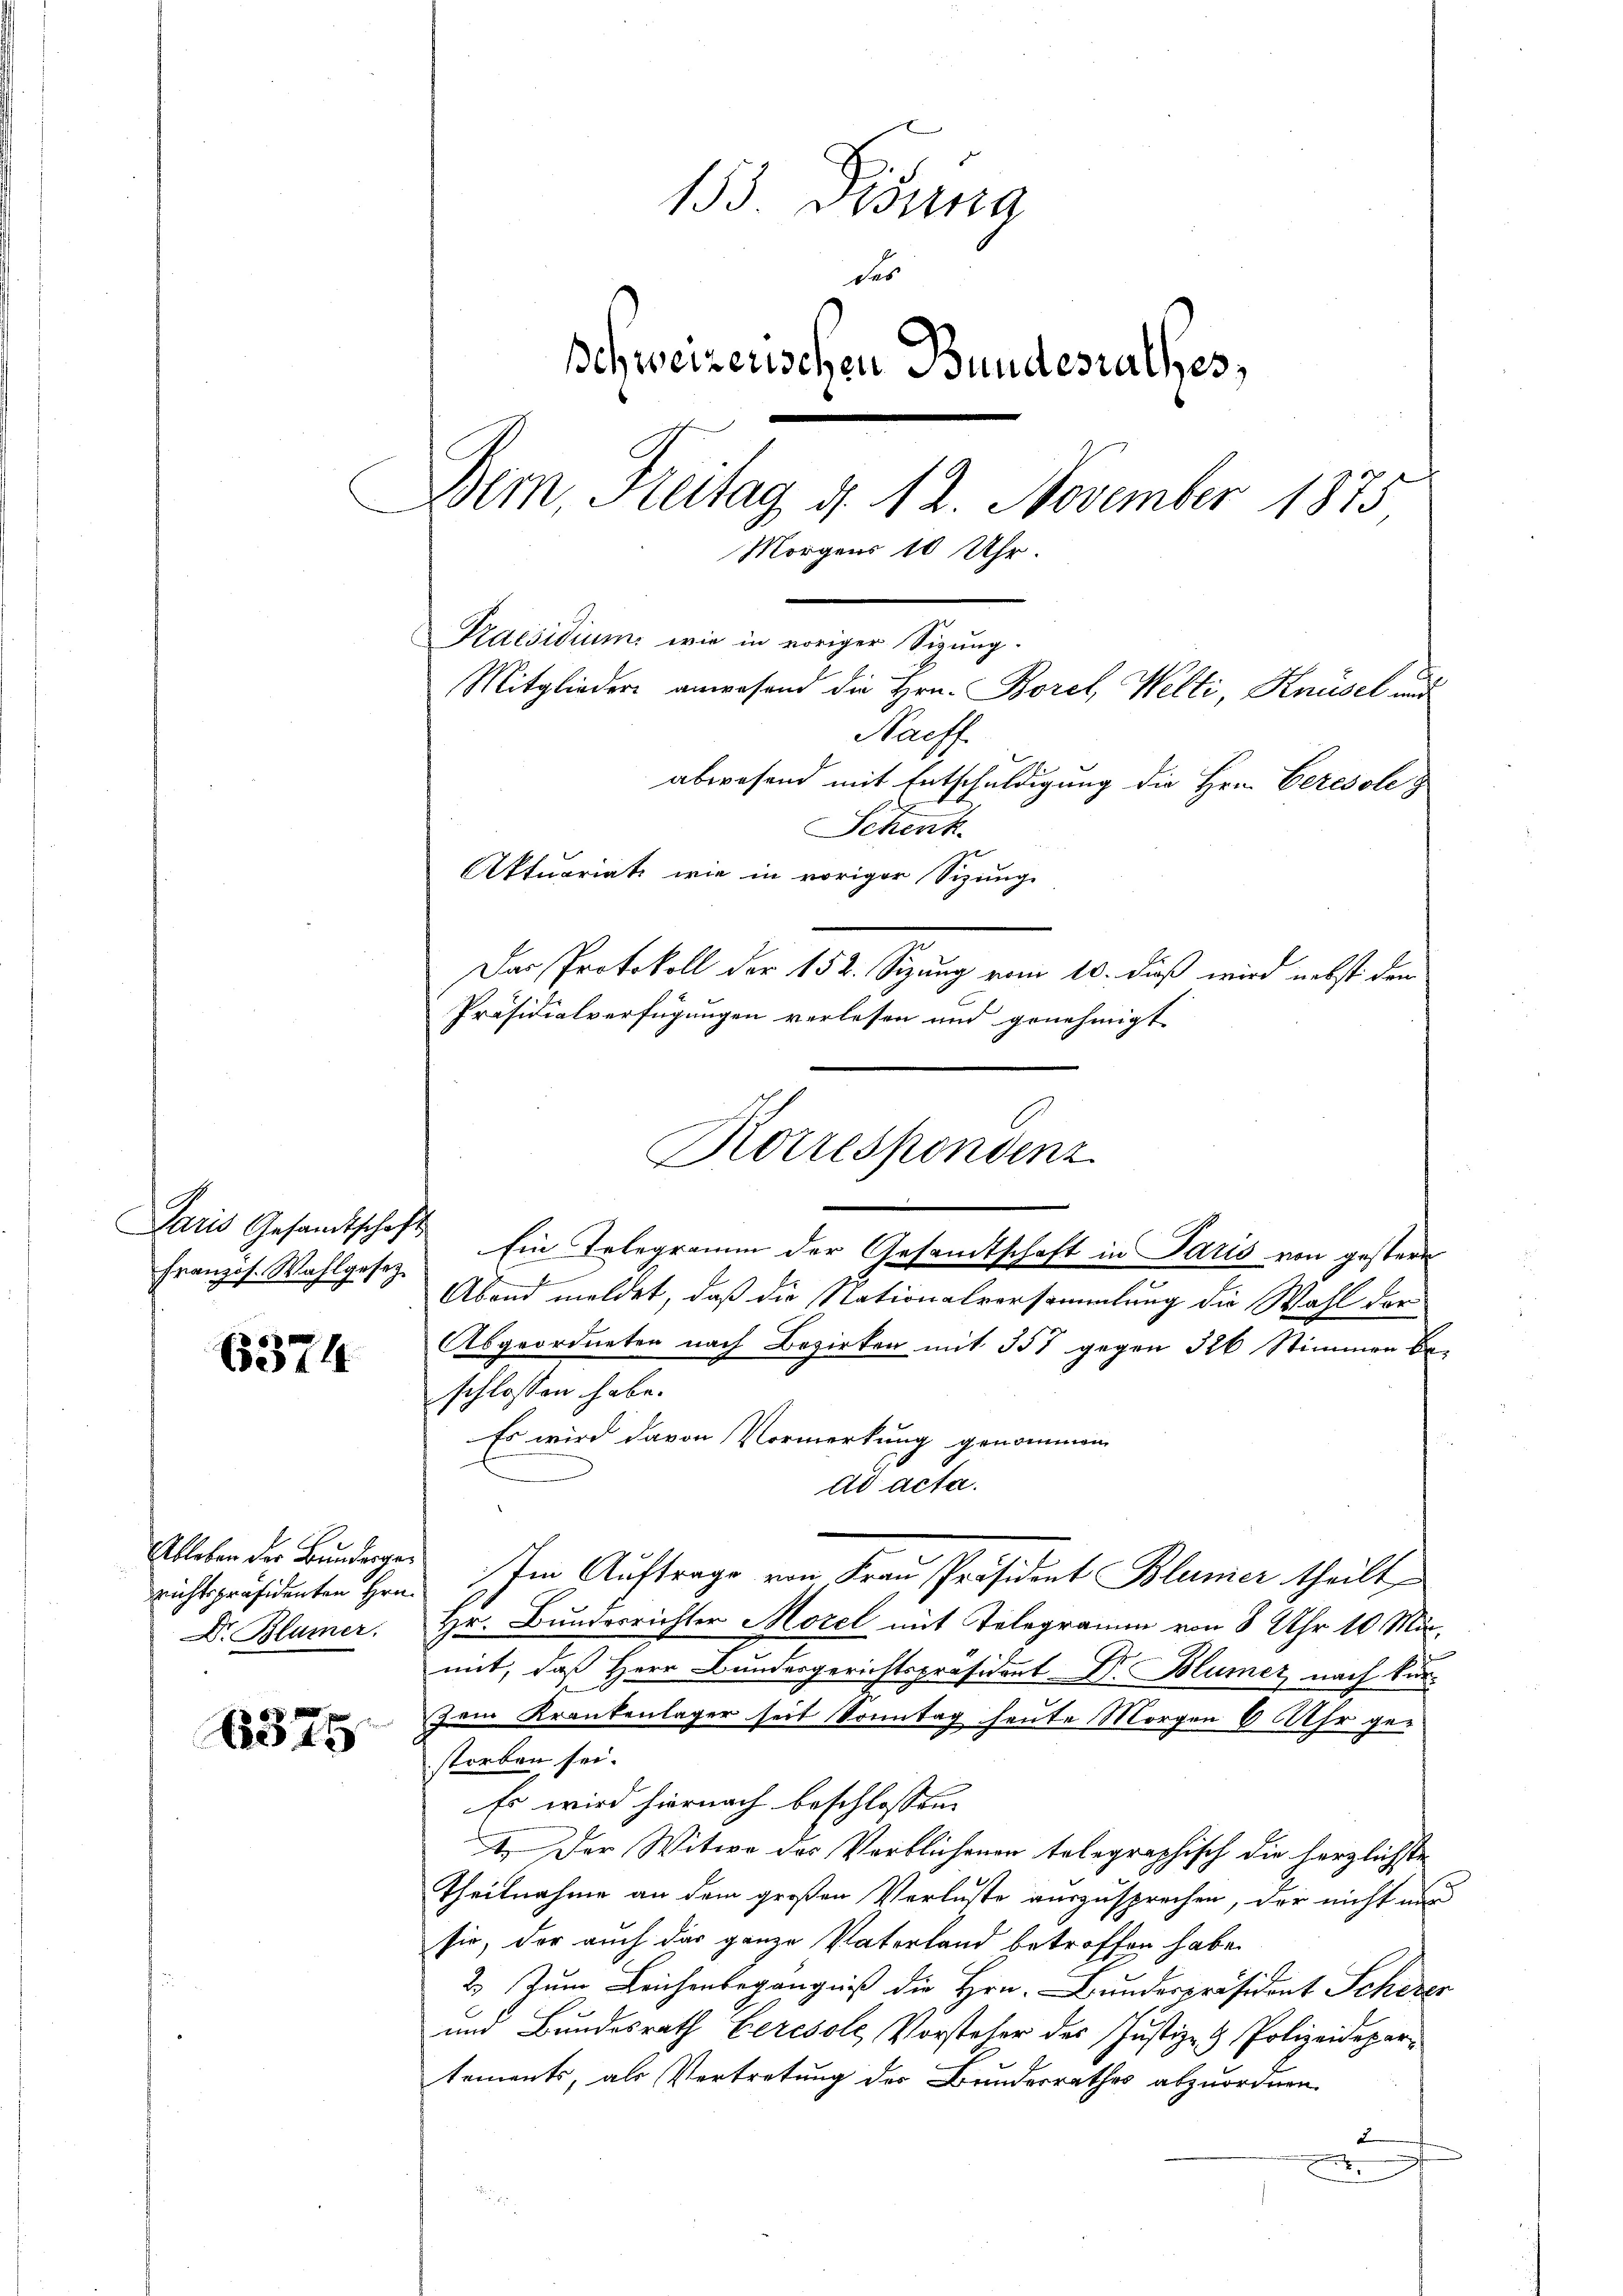
Paris Gesandtschaft
franzos. Wahlgesez

6374

richtspräsidenten Hrn.
Dr. Blümer.

6375

153 Suna
des
Ichweizerischen Bundesrathes,
Bein, Heitag d. 12. November 1875
Morgens 10 Uhr.
Praesidium wie in voriger Sigung.
Mitglieder anwesend die Hrn. Borel, Welti, Knüsel und
Naeff.
abwesend mit Entschuldigung die Hrn. Ceresole
Schenk
Aktuariat wie in voriger Sizung
Das Protokoll der 152. Sizung vom 10. dieß wird nebst dem
Präsidialverfügungen verlesen und genehmigt

Abend meldet, daß die Nationalversammlung die Wahl der
Abgeordneten nach Bezirken mit 357 gegen 326 Stimmen beschlossen habe.
Es wird davon Vormerkung genommen
ad acta.
Ableben der Bunderger Im Auftrage von Frau Präsident Blümer theilt
Hr. Bunderrichter Morel mit Telegramm von 8 Uhr 10 Märmit, daß Herr Bundergerichtspräsident Dr. Blumer nach kurzem Krankenlager seit Sonntag heute Morgen 6 Uhr gestorben sei.
Es wird hiernach beschlossen:
1. Der Witwe des Verblichenen telegraphisch die herzlichste
Theilnahme an dem großen Verluste auszusprechen, der nicht nur
sie, der auch das ganze Vaterland betroffen habe.
2.) Zum Leichenbegängniß die Hrn. Bundespräsident Schever
und Bundesrath Beresole, Vorsteher des Justiz- & Polizeidepartements, als Vertretung des Bundesrathes abzuordnen.
2
.

Korrespondenz
e
Ein Telegramm der Gesandtschaft in Paris von gestern